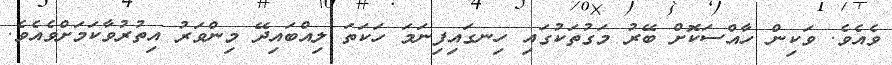
ވެއެވެ. ވަކިން ހާއްސަކޮށް ބޭރު މަގުތަކުގައި ހިނގައިފިނަމަ ހަކަތަ ލިއްބައިދޭ މިންވަރު އިތުރުވާކަމަށްވެއެވެ.